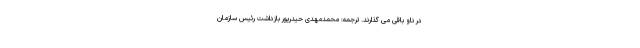
در ناو باقی می گذارند. ترجمه: محمدمهدی حیدرپور بازداشت رئیس سازمان